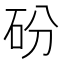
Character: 砏